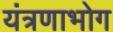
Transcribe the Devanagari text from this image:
यंत्रणाभोग